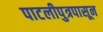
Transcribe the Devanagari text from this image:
पाटलीपुत्रपासून